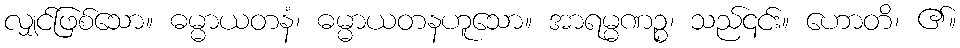
လျှင်ဖြစ်သော။ ဓမ္မာယတနံ၊ ဓမ္မာယတနဟူသော။ အာရမ္မဏဉ္စ၊ သည်၎င်း။ ဟောတိ၊ ၏။